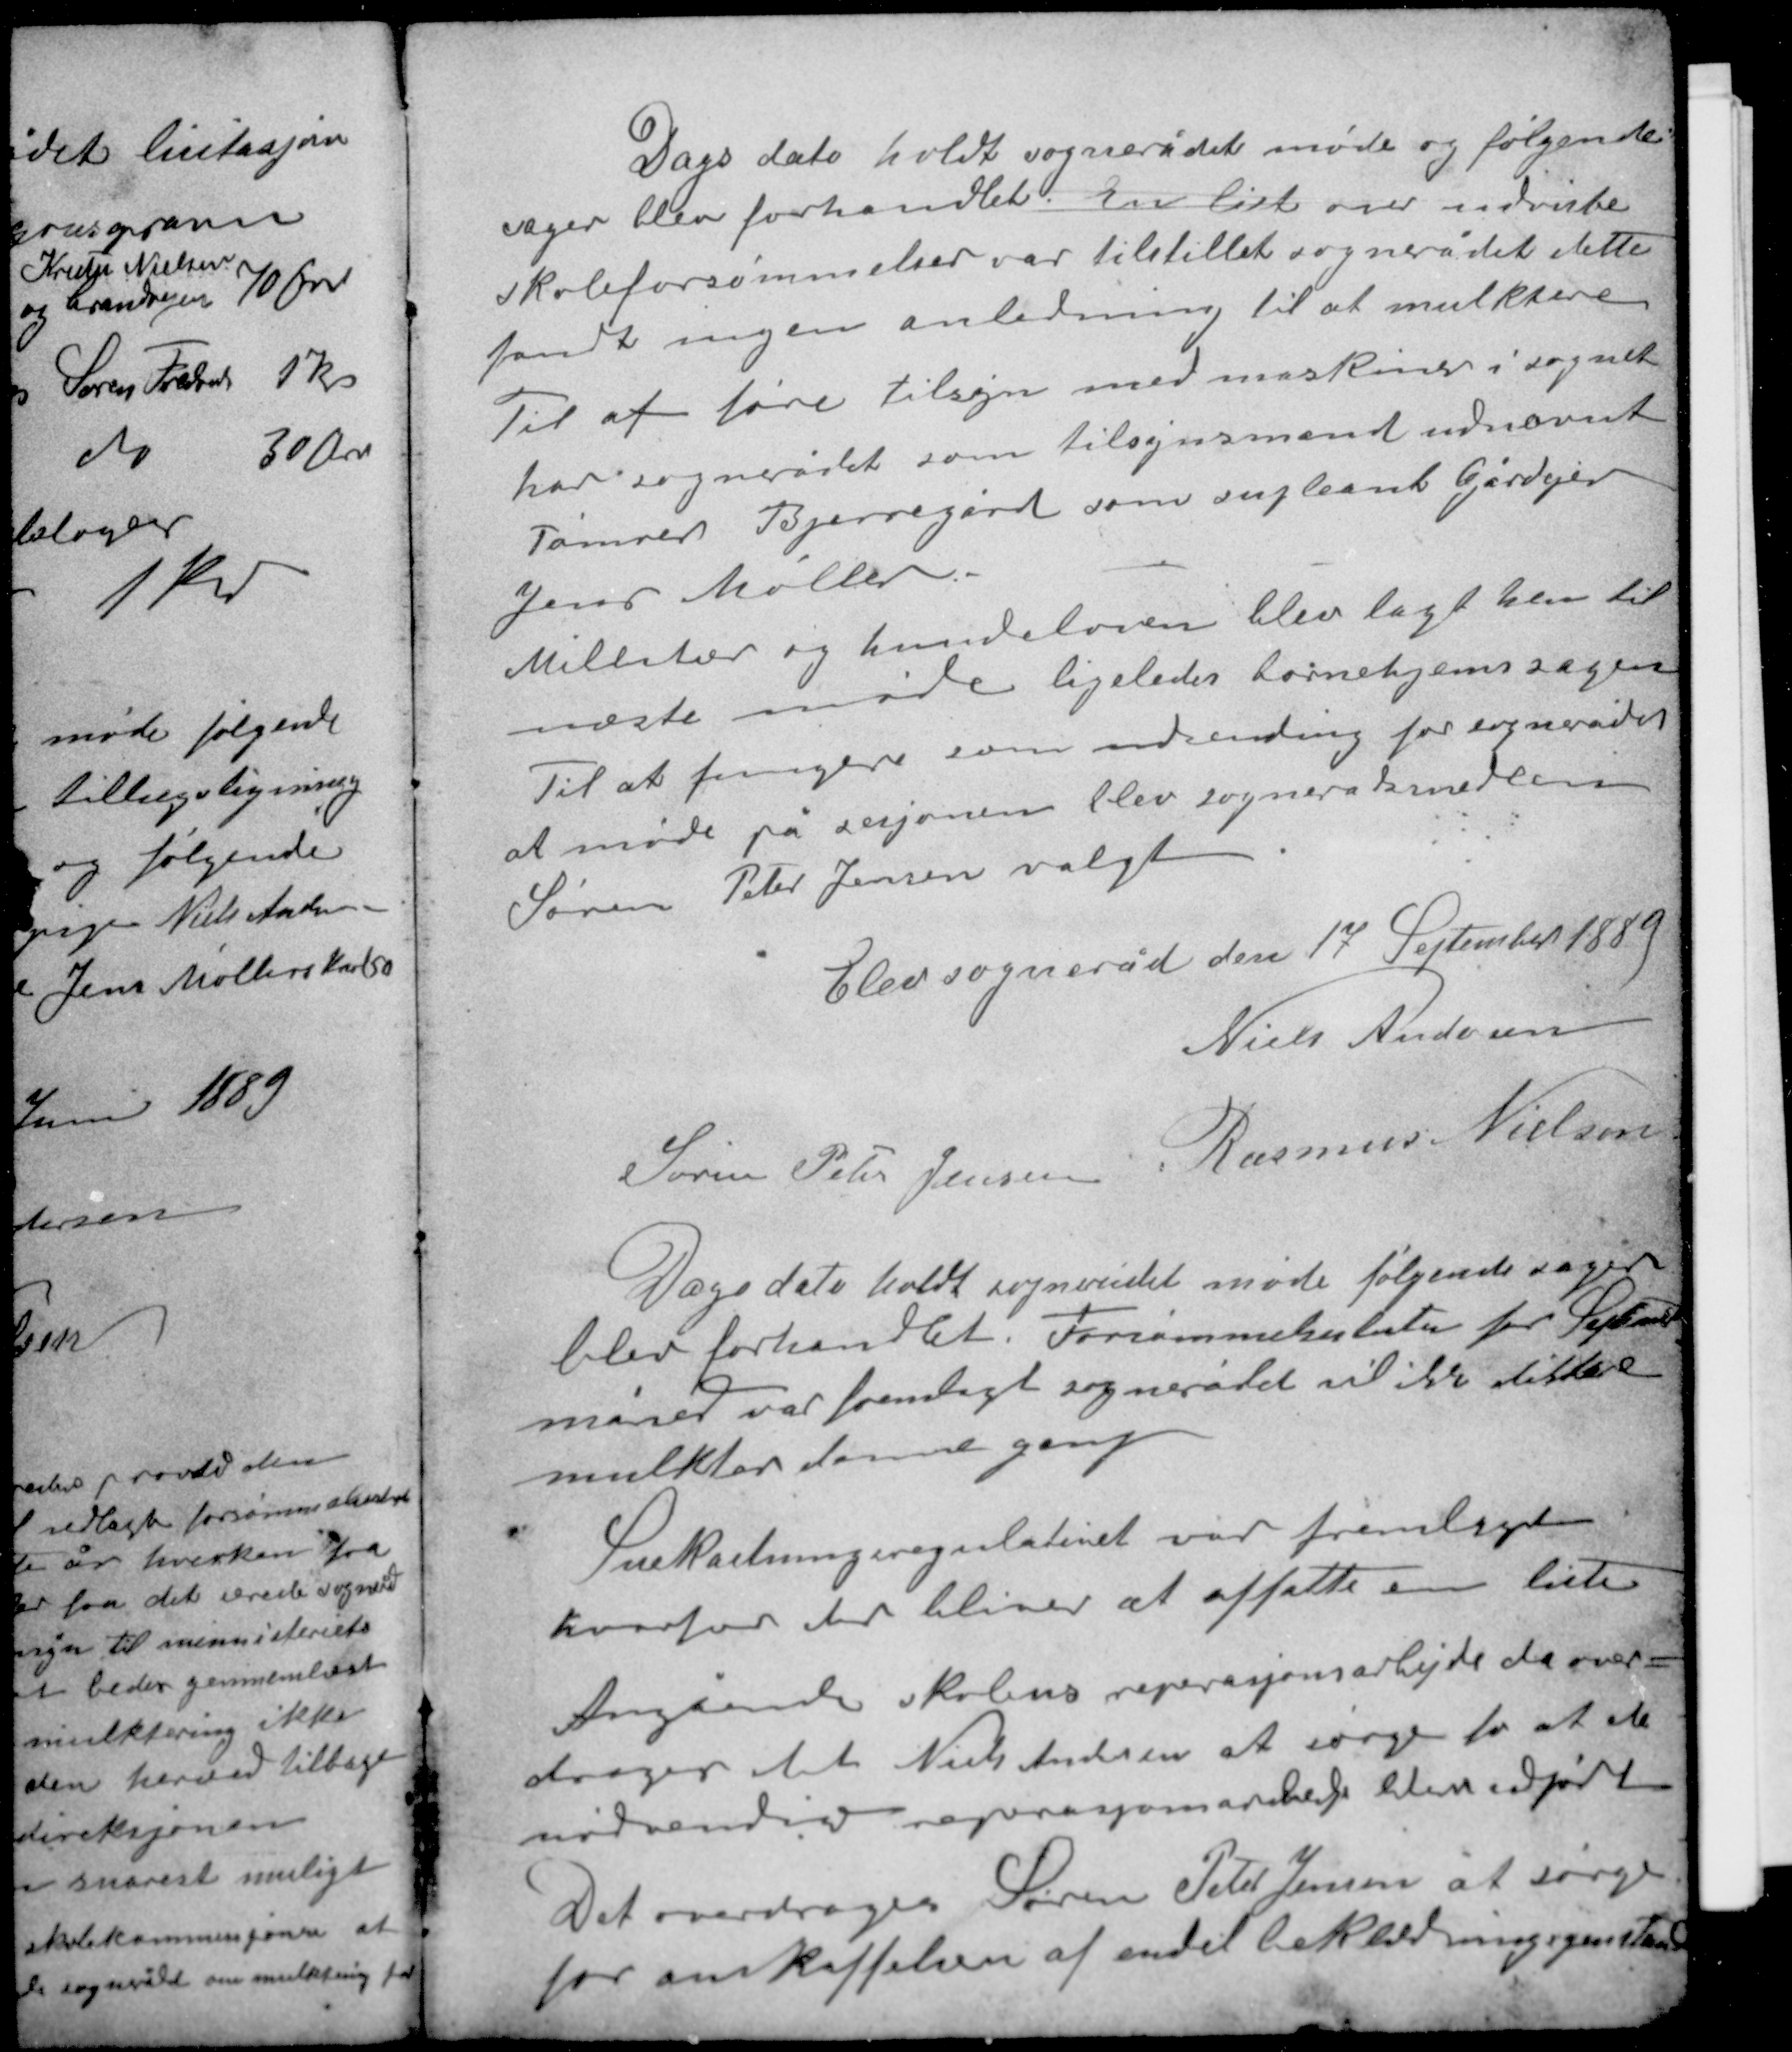
Transskription:
Dags dato holdt sognerådet møde og følgende
sager blev forhandlet en liste over udviste
skoleforsømmelser var tilstillet sognerådet dette
fandt ingen anledning til at mulktere.
Til at føre tilsyn med maskiner i sognet
har sognerådet som tilsynsmand udnævnt
Tømrer Bjerregård som supleant Gårdejer
Jens Møller.

Militær og hundeloven blev lagt hen til
næste møde ligeledes børnehjemssagen
Til at fungere som udsending for sognerådet
at møde på sesjonen blev sognerådsmedlem
Søren Peter Jensen valgt.

Elev sogneråd den 17 September 1889
Niels Andersen
Rasmus Nielsen
Søren Peter Jensen

Dags dato holdt sognerådet møde følgende sager
blev forhandlet. Forsømmelseslisten for September
måned var fremlagt sognerådet vil ikke diktere
mulkter denne gang.

Snekastningsregulativet var fremlagt
hvorfor der bliver at affatte en liste
Angående skolens reparasjonsarbejde da over-
drager til Niels Andersen at sørge for at de
nødvendige reparasjonsarbejder bliver udført
Det overdroges Søren Peter Jensen at sørge
for anskaffelsen af andet beklædningsgenstand